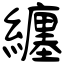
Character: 纏